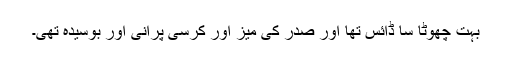
بہت چھوٹا سا ڈائس تھا اور صدر کی میز اور کرسی پرانی اور بوسیدہ تھی۔